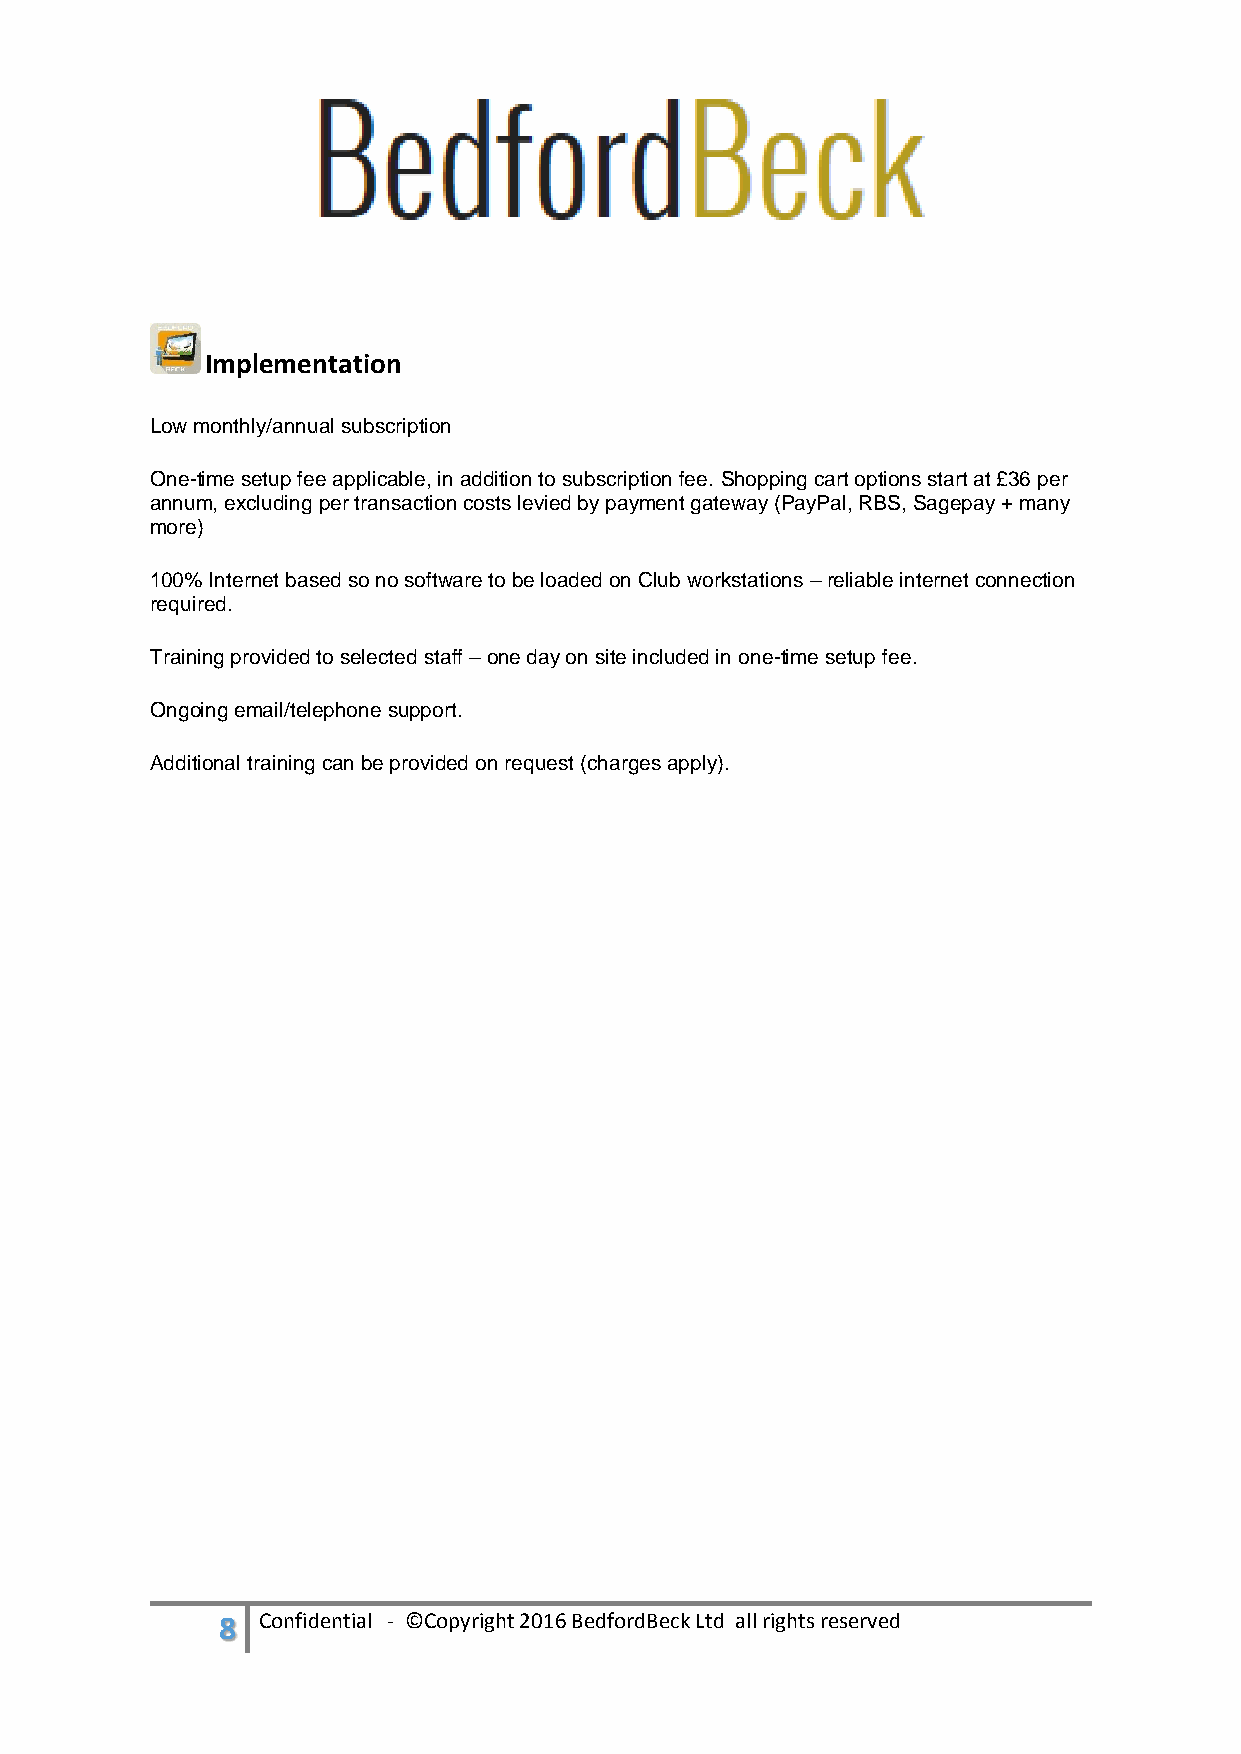
Implementation
 Low monthly/annual subscription
 One-time setup fee applicable, in addition to subscription fee. Shopping cart options start at £36 per
 annum, excluding per transaction costs levied by payment gateway (PayPal, RBS, Sagepay + many
 more)
 100% Internet based so no software to be loaded on Club workstations – reliable internet connection
 required.
 Training provided to selected staff – one day on site included in one-time setup fee.
 Ongoing email/telephone support.
 Additional training can be provided on request (charges apply).
 8 Confidential - ©Copyright 2016 BedfordBeck Ltd all rights reserved